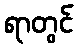
ရာတွင်